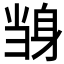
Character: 𲄝